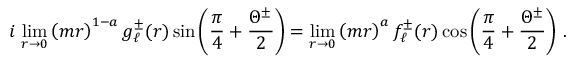
i \, \operatorname * { l i m } _ { r \rightarrow 0 } \left( m r \right) ^ { 1 - a } g _ { \ell } ^ { \pm } ( r ) \sin \left( \frac { \pi } { 4 } + \frac { \Theta ^ { \pm } } { 2 } \right) = \operatorname * { l i m } _ { r \rightarrow 0 } \left( m r \right) ^ { a } f _ { \ell } ^ { \pm } ( r ) \cos \left( \frac { \pi } { 4 } + \frac { \Theta ^ { \pm } } { 2 } \right) \, .